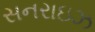
સનરાઇઝ